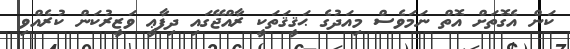
ކަން އެގޮތަށް އޮތް ނަމަވެސް މިއަދުގެ ޙަޤީޤަތަކީ ރާއްޖޭގައި ދިފާޢީ ވަޒީރުކަން ކުރެއްވި